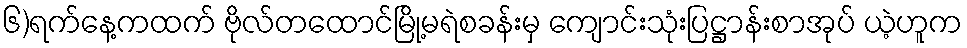
၆)ရက်နေ့ကထက် ဗိုလ်တထောင်မြို့မရဲစခန်းမှ ကျောင်းသုံးပြဋ္ဌာန်းစာအုပ် ယဲ့ဟူက